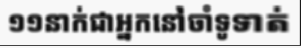
១១នាក់ជាអ្នកនៅចាំទូទាត់